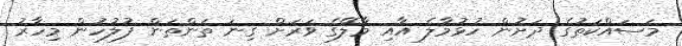
މަސައްކަތުގެ ދަށުން ހުޅުމާލެ އާއި މާލޭގެ ވަރަށް ގިނަ ތަންތަން ފުލުހުން މިހާރު